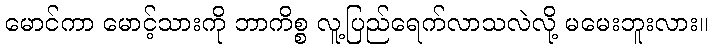
မောင်ကာ မောင့်သားကို ဘာကိစ္စ လူ့ပြည်ရေက်လာသလဲလို့ မမေးဘူးလား။